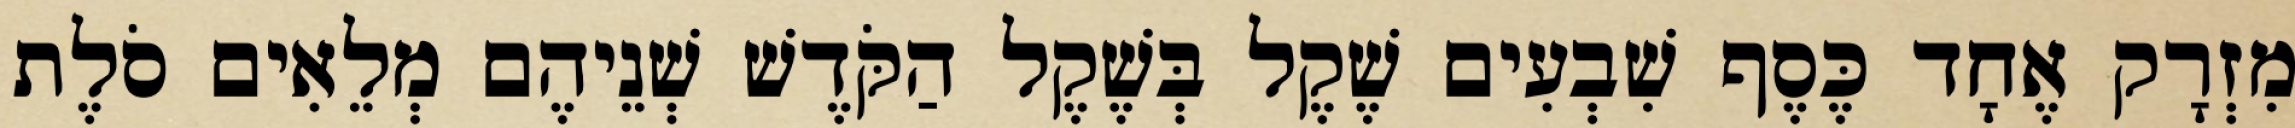
מִזְרָק אֶחָד כֶּסֶף שִׁבְעִים שֶׁקֶל בְּשֶׁקֶל הַקֹּדֶשׁ שְׁנֵיהֶם מְלֵאִים סֹלֶת